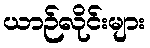
ယာဉ်လိုင်းများ